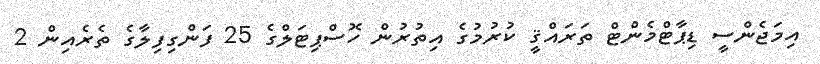
އިމަޖެންސީ ޑިޕާޓްމެންޓް ތަރައްޤީ ކުރުމުގެ އިތުރުން ހޮސްޕިޓަލްގެ 25 ފަންގިފިލާގެ ތެރެއިން 2